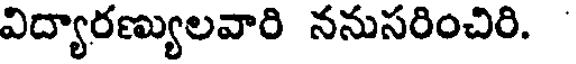
విద్యారణ్యులవారి ననుసరించిరి.